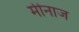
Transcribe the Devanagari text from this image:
मीनाज